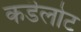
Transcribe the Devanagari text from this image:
कडॆलोट